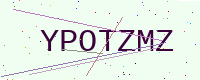
Text: YPOTZMZ